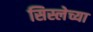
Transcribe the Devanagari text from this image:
सिस्लेच्या